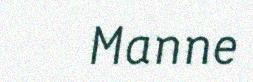
Manne